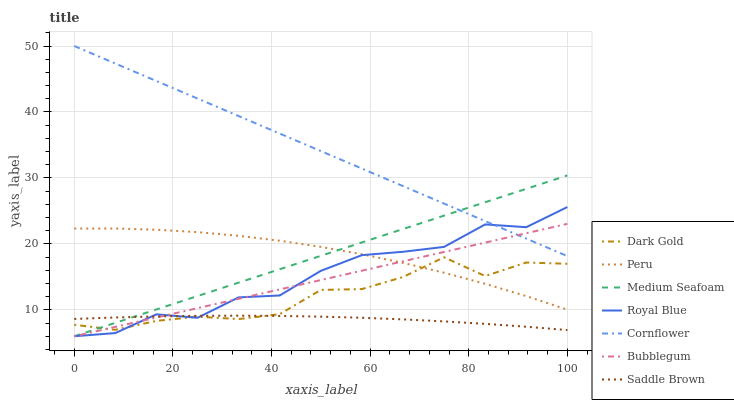
| xaxis_label | Dark Gold | Peru | Medium Seafoam | Royal Blue | Cornflower | Bubblegum | Saddle Brown |
 | --- | --- | --- | --- | --- | --- | --- | --- |
 | 0 | 7.74 | 22.3 | 6 | 6 | 50 | 6 | 8.62 |
 | 8.33 | 6.98 | 22.3 | 8.03 | 6.48 | 47.3 | 7.42 | 8.85 |
 | 16.7 | 8.33 | 22.2 | 10.1 | 9.32 | 44.7 | 8.84 | 9.01 |
 | 25 | 8.96 | 21.8 | 12.1 | 8.8 | 42 | 10.3 | 9.1 |
 | 33.3 | 8.61 | 21.2 | 14.1 | 11.9 | 39.4 | 11.7 | 9.12 |
 | 41.7 | 9.35 | 20.5 | 16.2 | 12.2 | 36.7 | 13.1 | 9.08 |
 | 50 | 13 | 19.5 | 18.2 | 15.9 | 34.1 | 14.5 | 8.97 |
 | 58.3 | 13.2 | 18.4 | 20.2 | 18.3 | 31.4 | 15.9 | 8.8 |
 | 66.7 | 15 | 17.1 | 22.3 | 18.8 | 28.8 | 17.4 | 8.56 |
 | 75 | 18 | 15.6 | 24.3 | 19.5 | 26.1 | 18.8 | 8.25 |
 | 83.3 | 15.1 | 14 | 26.3 | 23 | 23.5 | 20.2 | 7.88 |
 | 91.7 | 17.2 | 12.1 | 28.3 | 22.5 | 20.8 | 21.6 | 7.44 |
 | 100 | 17 | 10 | 30.4 | 25.6 | 18.1 | 23 | 6.94 |